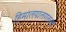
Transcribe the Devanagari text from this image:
हिमालयालगतच्या